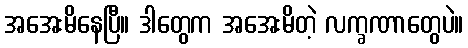
အအေးမိနေပြီ။ ဒါတွေက အအေးမိတဲ့ လက္ခဏာတွေပဲ။